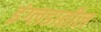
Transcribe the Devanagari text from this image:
इंग्लडातील